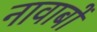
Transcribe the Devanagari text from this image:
नावाबों